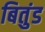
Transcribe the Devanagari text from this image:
बितुंड